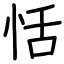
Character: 恬